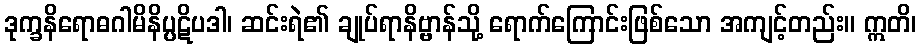
ဒုက္ခနိရောဓဂါမိနိပ္ပဋိပဒါ၊ ဆင်းရဲ၏ ချုပ်ရာနိဗ္ဗာန်သို့ ရောက်ကြောင်းဖြစ်သော အကျင့်တည်း။ ဣတိ၊